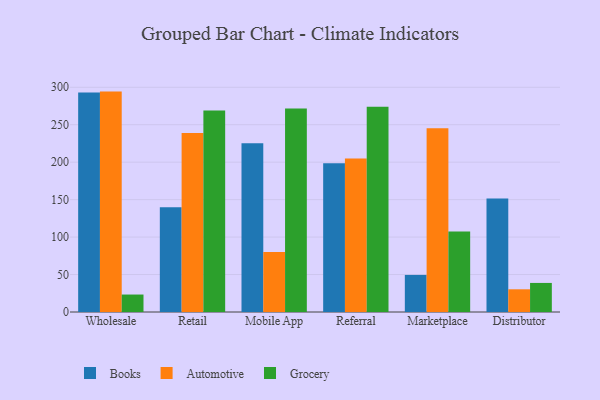
{"axis": {"x": "Channel", "y": "Page Views"}, "legend": ["Automotive", "Books", "Grocery"], "data": [{"x": "Wholesale", "y": 293.1, "type": "Books"}, {"x": "Wholesale", "y": 294.2, "type": "Automotive"}, {"x": "Wholesale", "y": 23.3, "type": "Grocery"}, {"x": "Retail", "y": 139.9, "type": "Books"}, {"x": "Retail", "y": 238.9, "type": "Automotive"}, {"x": "Retail", "y": 268.9, "type": "Grocery"}, {"x": "Mobile App", "y": 225.1, "type": "Books"}, {"x": "Mobile App", "y": 80.2, "type": "Automotive"}, {"x": "Mobile App", "y": 271.5, "type": "Grocery"}, {"x": "Referral", "y": 198.7, "type": "Books"}, {"x": "Referral", "y": 204.8, "type": "Automotive"}, {"x": "Referral", "y": 273.9, "type": "Grocery"}, {"x": "Marketplace", "y": 49.5, "type": "Books"}, {"x": "Marketplace", "y": 245.2, "type": "Automotive"}, {"x": "Marketplace", "y": 107.5, "type": "Grocery"}, {"x": "Distributor", "y": 151.5, "type": "Books"}, {"x": "Distributor", "y": 30.3, "type": "Automotive"}, {"x": "Distributor", "y": 38.8, "type": "Grocery"}]}